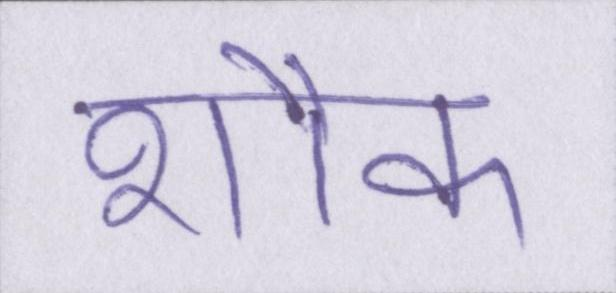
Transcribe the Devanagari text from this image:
शौक